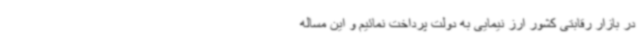
در بازار رقابتی کشور ارز نیمایی به دولت پرداخت نمائیم و این مساله